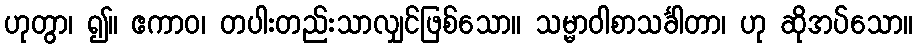
ဟုတွာ၊ ၍။ ဧကာဝ၊ တပါးတည်းသာလျှင်ဖြစ်သော။ သမ္မာဝါစာသင်္ခါတာ၊ ဟု ဆိုအပ်သော။